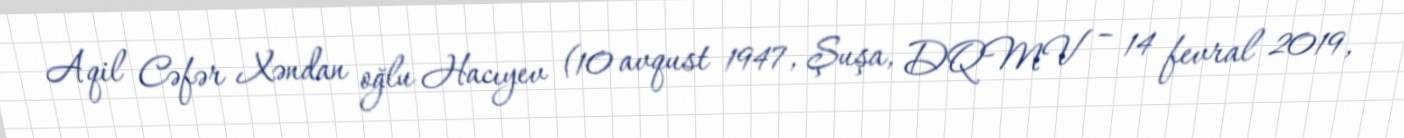
Aqil Cəfər Xəndan oğlu Hacıyev (10 avqust 1947, Şuşa, DQMV – 14 fevral 2019,